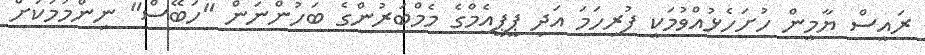
ރައީސް ޔާމީން ހުށަހެޅުއްވުމަކީ ފުރިހަމަ އަދި ޕީޕީއެމްގެ މެމްބަރުންގެ ބަހުންނަން "ހަބޭސް" ނިންމުމުކަަށް